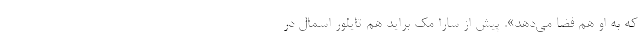
که به او هم فضا می‌دهد». پیش از سارا مک براید هم تایلور اسمال در